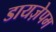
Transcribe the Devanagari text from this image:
डायज़ेपम